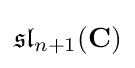
{\mathfrak {sl}}_{n+1}(\mathbf {C} )